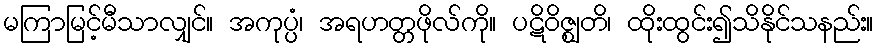
မကြာမြင့်မီသာလျှင်။ အကုပ္ပံ၊ အရဟတ္တဖိုလ်ကို။ ပဋိဝိဇ္ဈတိ၊ ထိုးထွင်း၍သိနိုင်သနည်း။